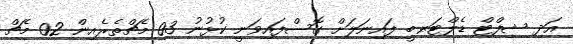
އަދި ޝިފްޓް ޑެލްޓަރ-ބީ ފައިނަލަށް ގޮސްފައިވަނީ ކުޅުނު 03 މެޗްތެރެއިން 02 މެޗް